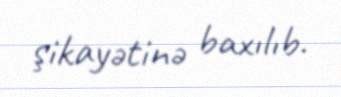
şikayətinə baxılıb.